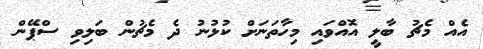
އެއް މެޗު ބާލީ އޮއްވައި މިހާތަނަށް ކުޅުނު ދެ މެޗުން ބަލިވި ސްޕޭން